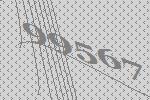
99567